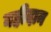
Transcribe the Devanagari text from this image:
वहीदान